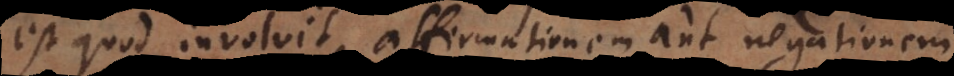
est quod involvit affirmationem aut negationem.